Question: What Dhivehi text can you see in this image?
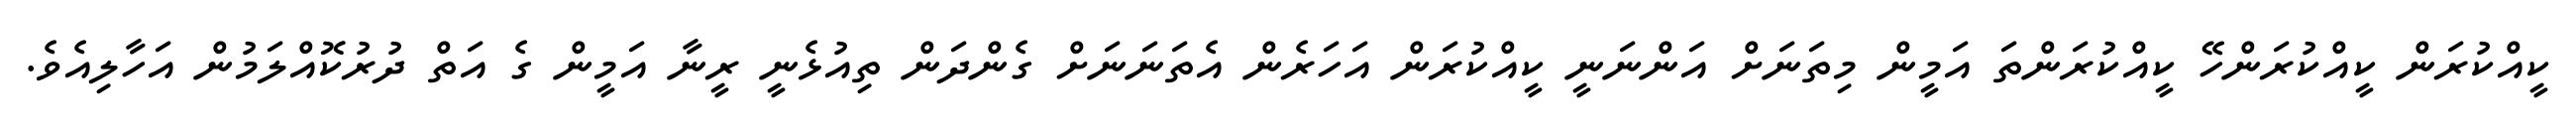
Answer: ކީއްކުރަން ކީއްކުރަންހޭ ކީއްކުރަންތަ އަމީން މިތަނަށް އަންނަނީ ކީއްކުރަން އަހަރެން އެތަނަނަށް ގެންދަން ތިއުޅެނީ ރީނާ އަމީން ގެ އަތް ދުރުކޮއްލަމުން އަހާލިއެވެ.